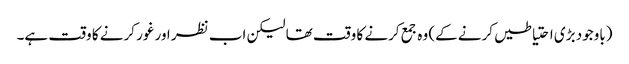
(باوجود بڑی احتیاطیں کرنے کے) وہ جمع کرنے کا وقت تھا لیکن اب نظر اور غور کرنے کا وقت ہے۔